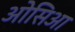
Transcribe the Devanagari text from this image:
ओसिआ